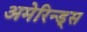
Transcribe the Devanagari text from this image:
अमेरिन्ड्स